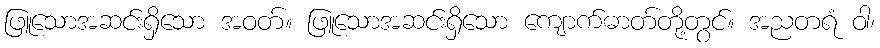
ဖြူသောအဆင်းရှိသော အဝတ်။ ဖြူသောအဆင်းရှိသော ကျောက်ဓာတ်တို့တွင်။ အညတရံ ဝါ၊